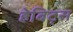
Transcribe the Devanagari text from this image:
हेबिट्स